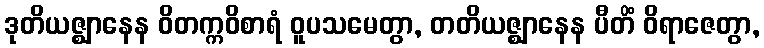
ဒုတိယဇ္ဈာနေန ဝိတက္ကဝိစာရံ ဝူပသမေတွာ, တတိယဇ္ဈာနေန ပီတိံ ဝိရာဇေတွာ,